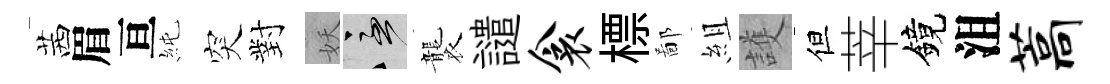
茜眉亘純突對妖急襲譴衾標鄙組護但莘鏡沮藁